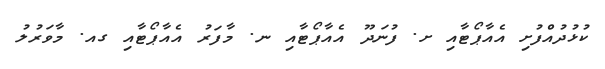
ކުޅުދުއްފުށި އެއާޕޯޓާއި ށ. ފުނަދޫ އެއާޕޯޓާއި ނ. މާފަރު އެއާޕޯޓާއި ގއ. މާވަރުލު